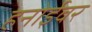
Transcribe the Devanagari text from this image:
हनोईवर